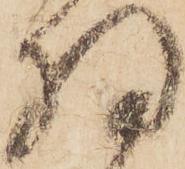
将